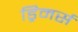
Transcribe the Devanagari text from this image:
ड्रिमर्स